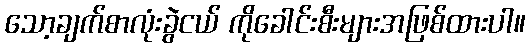
သော့ချက်စာလုံးခွဲငယ် ကိုခေါင်းစီးများအဖြစ်ထားပါ။